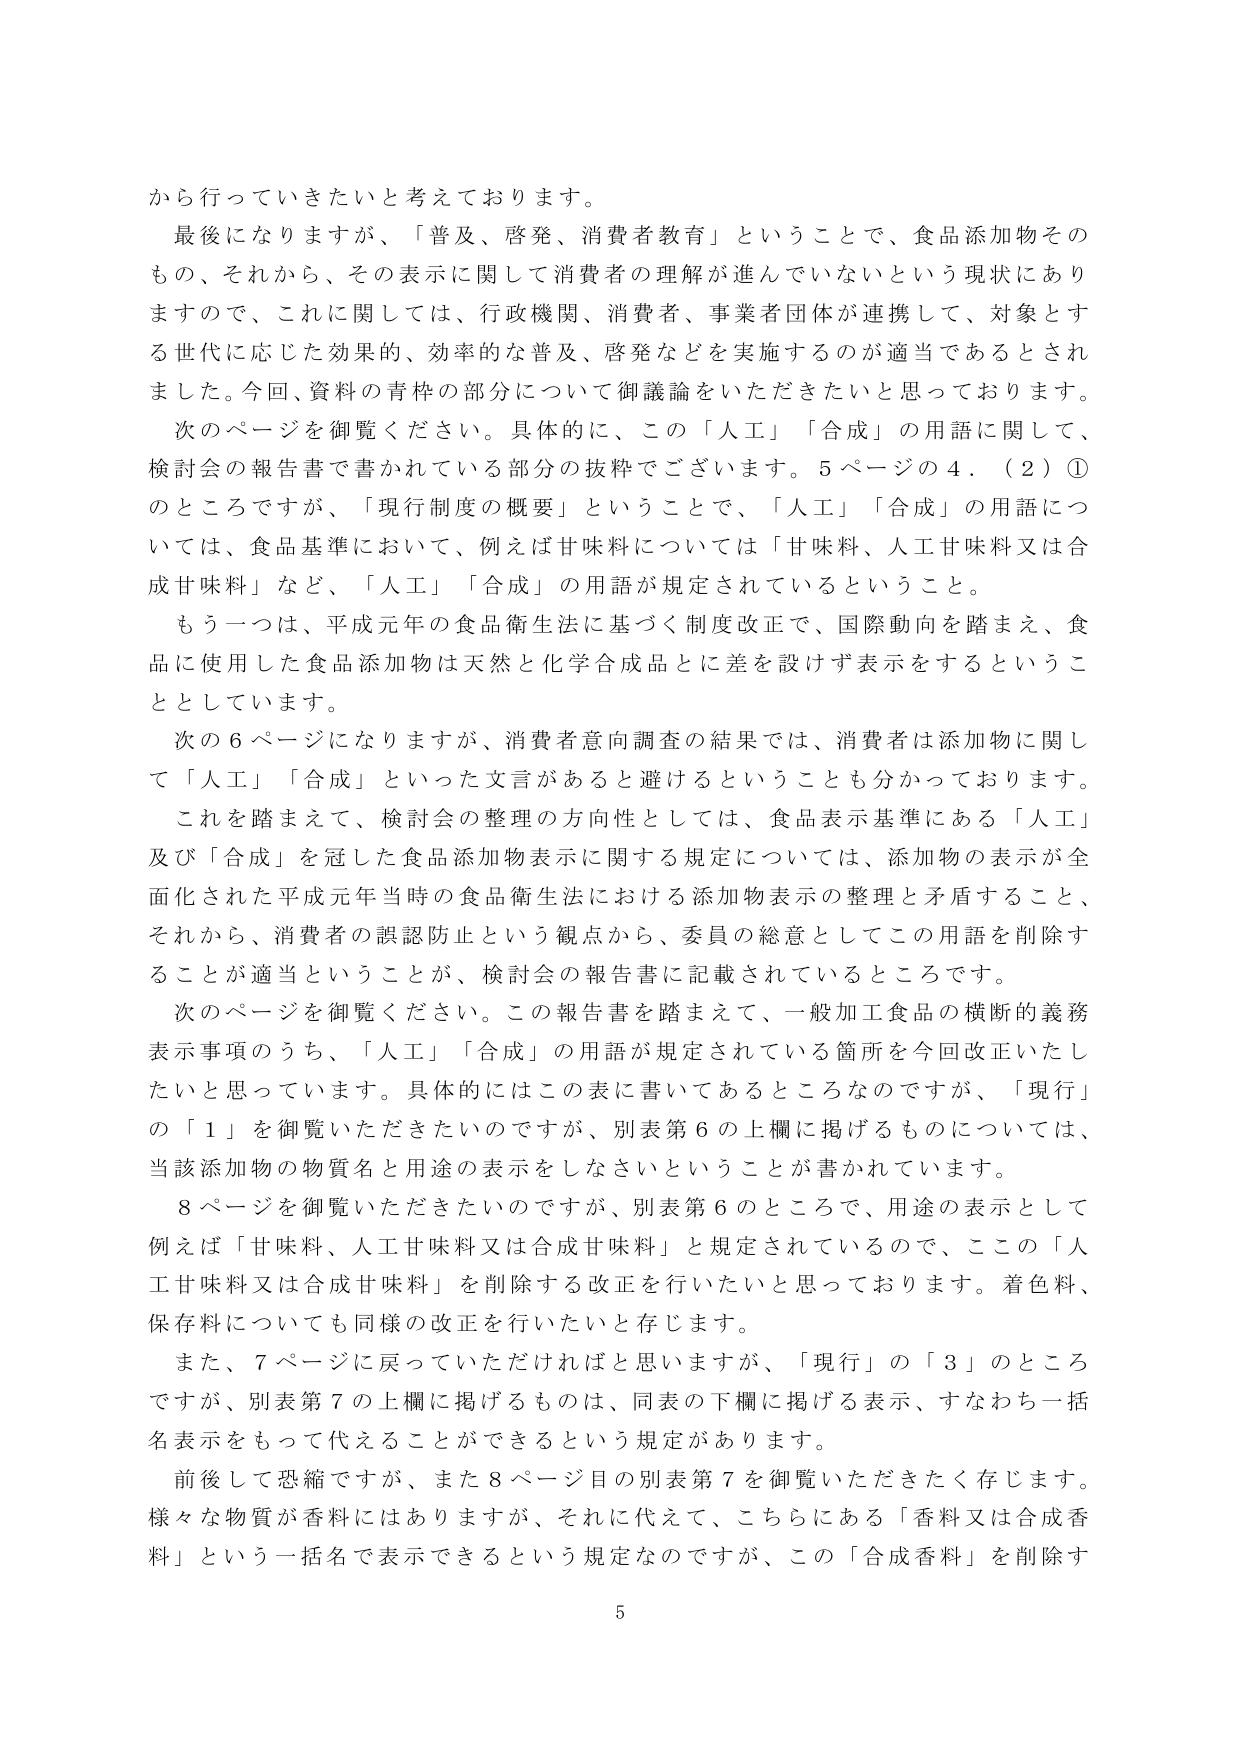
から行っていきたいと考えております。

最後になりますが、「普及、啓発、消費者教育」ということで、食品添加物そのもの、それから、その表示に関して消費者の理解が進んでいないという現状にありますので、これに関しては、行政機関、消費者、事業者団体が連携して、対象とする世代に応じた効果的、効率的な普及、啓発などを実施するのが適当であるとされました。今回、資料の青枠の部分について御議論をいただきたいと思っております。

次のページを御覧ください。具体的に、この「人工」「合成」の用語に関して、検討会の報告書で書かれている部分の抜粋でございます。5ページの4．（2）①のところですが、「現行制度の概要」ということで、「人工」「合成」の用語については、食品基準において、例えば甘味料については「甘味料、人工甘味料又は合成甘味料」など、「人工」「合成」の用語が規定されているということ。

もう一つは、平成元年の食品衛生法に基づく制度改正で、国際動向を踏まえ、食品に使用した食品添加物は天然と化学合成品とに差を設けず表示をするということとしています。

次の6ページになりますが、消費者意向調査の結果では、消費者は添加物に関して「人工」「合成」といった文言があると避けるということも分かっております。

これを踏まえて、検討会の整理の方向性としては、食品表示基準にある「人工」及び「合成」を冠した食品添加物表示に関する規定については、添加物の表示が全面化された平成元年当時の食品衛生法における添加物表示の整理と矛盾すること、それから、消費者の誤認防止という観点から、委員の総意としてこの用語を削除することが適当ということが、検討会の報告書に記載されているところです。

次のページを御覧ください。この報告書を踏まえて、一般加工食品の横断的義務表示事項のうち、「人工」「合成」の用語が規定されている箇所を今回改正いたしたいと思っています。具体的にはこの表に書いてあるところなのですが、「現行」の「1」を御覧いただきたいのですが、別表第6の上欄に掲げるものについては、当該添加物の物質名と用途の表示をしなさいということが書かれています。

8ページを御覧いただきたいのですが、別表第6のところで、用途の表示として例えば「甘味料、人工甘味料又は合成甘味料」と規定されているので、ここの「人工甘味料又は合成甘味料」を削除する改正を行いたいと思っております。着色料、保存料についても同様の改正を行いたいと存じます。

また、7ページに戻っていただければと思いますが、「現行」の「3」のところですが、別表第7の上欄に掲げるものは、同表の下欄に掲げる表示、すなわち一括名表示をもって代えることができるという規定があります。

前後して恐縮ですが、また8ページ目の別表第7を御覧いただきたく存じます。様々な物質が香料にはありますが、それに代えて、こちらにある「香料又は合成香料」という一括名で表示できるという規定なのですが、この「合成香料」を削除す

5